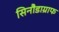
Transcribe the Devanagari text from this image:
सिनौडाग्राफ